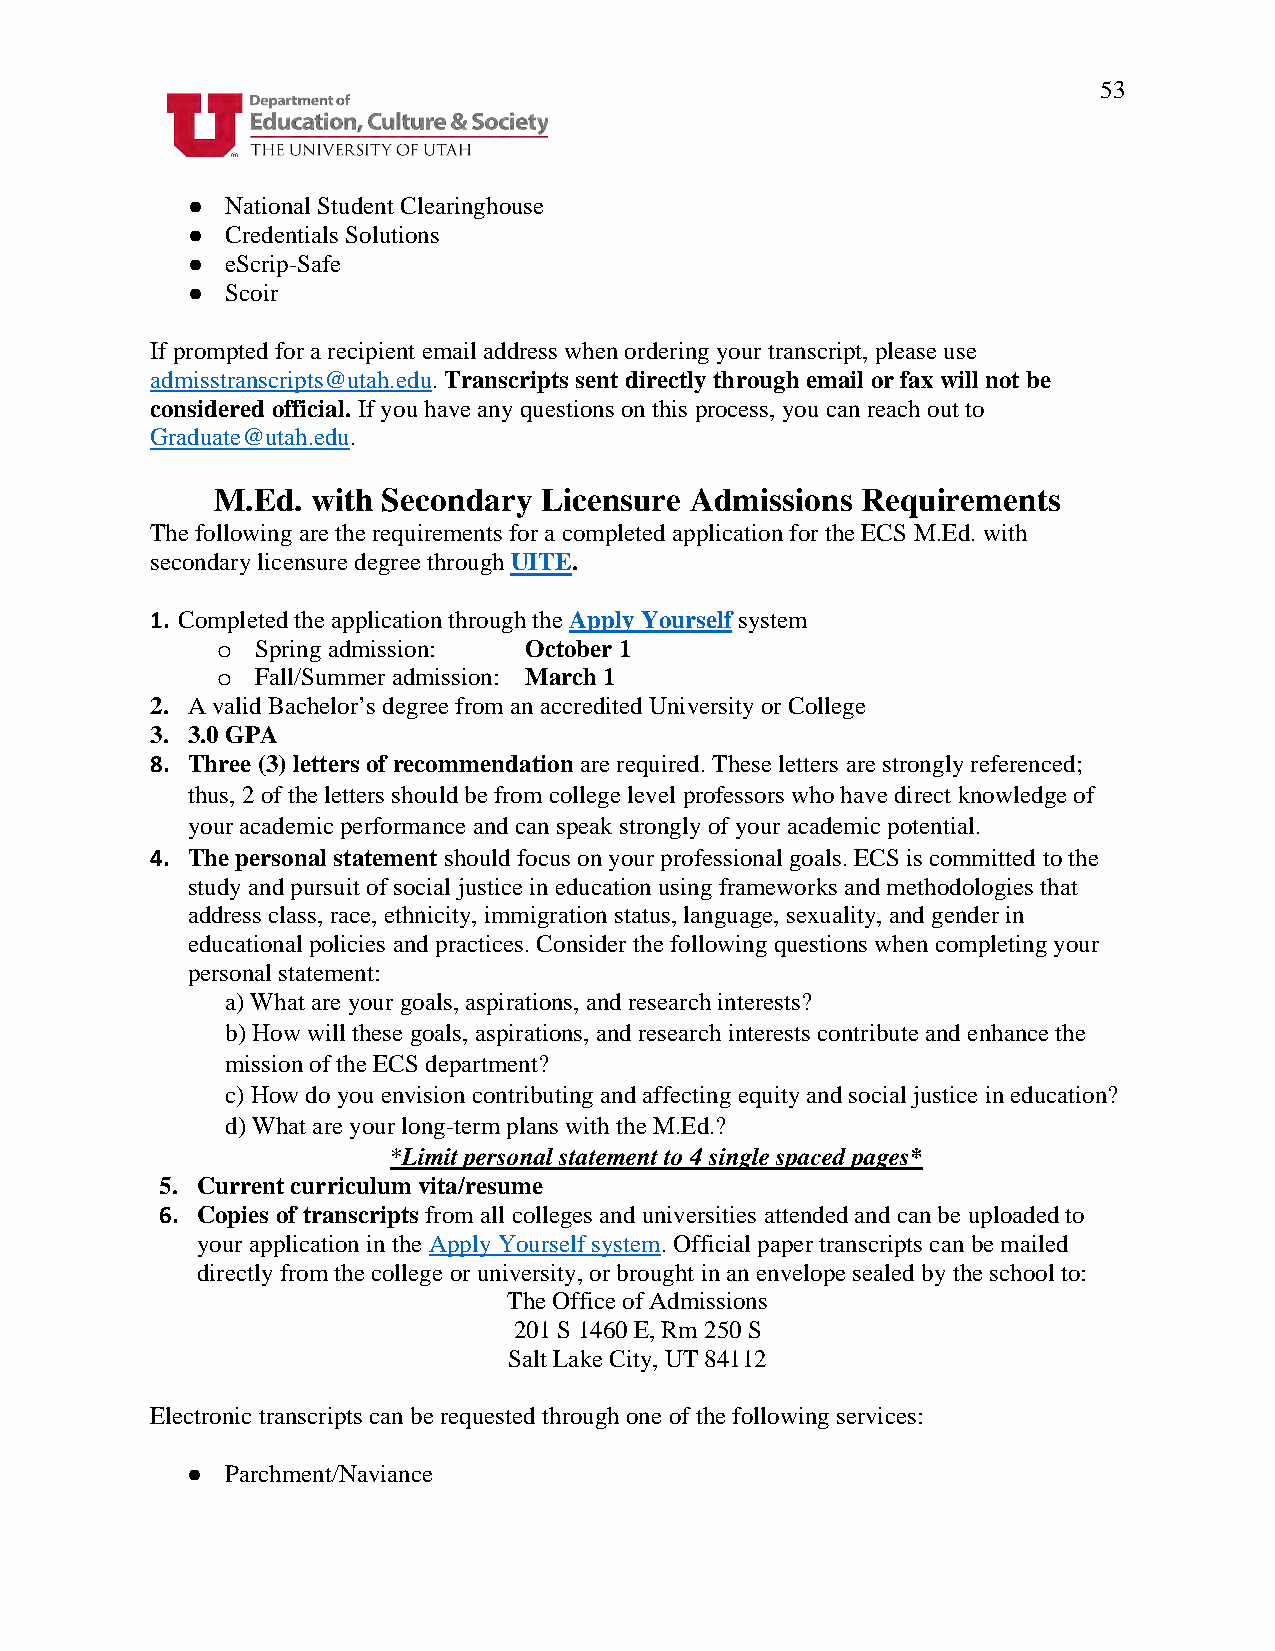
53
 ●  National Student Clearinghouse
 ●  Credentials Solutions
 ●  eScrip-Safe
 ●  Scoir
 If prompted for a recipient email address when ordering your transcript, please use
 admisstranscripts@utah.edu. Transcripts sent directly through email or fax will not be
 considered official. If you have any questions on this process, you can reach out to
 Graduate@utah.edu.
 M.Ed.  with Secondary Licensure Admissions Requirements
 The following are the requirements for a completed application for the ECS M.Ed. with
 secondary licensure degree through UITE.
 1. Completed the application through the Apply Yourself system
 Spring admission: October 1
 o
 Fall/Summer admission: March 1
 o
 2. A valid Bachelor’s degree from an accredited University or College
 3. 3.0 GPA
 8. Three (3) letters of recommendation are required. These letters are strongly referenced;
 thus, 2 of the letters should be from college level professors who have direct knowledge of
 your academic performance and can speak strongly of your academic potential.
 4. The personal statement should focus on your professional goals. ECS is committed to the
 study and pursuit of social justice in education using frameworks and methodologies that
 address class, race, ethnicity, immigration status, language, sexuality, and gender in
 educational policies and practices. Consider the following questions when completing your
 personal statement:
 a) What are your goals, aspirations, and research interests?
 b) How will these goals, aspirations, and research interests contribute and enhance the
 mission of the ECS department?
 c) How do you envision contributing and affecting equity and social justice in education?
 d) What are your long-term plans with the M.Ed.?
 *Limit personal statement to 4 single spaced pages*
 5. Current curriculum vita/resume
 6. Copies of transcripts from all colleges and universities attended and can be uploaded to
 your application in the Apply Yourself system. Official paper transcripts can be mailed
 directly from the college or university, or brought in an envelope sealed by the school to:
 The Office of Admissions
 201 S 1460 E, Rm 250 S
 Salt Lake City, UT 84112
 Electronic transcripts can be requested through one of the following services:
 ●  Parchment/Naviance